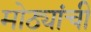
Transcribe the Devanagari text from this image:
मोठ्यांची